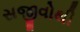
સજીવોથી